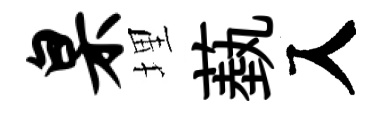
臬埋蓺入